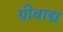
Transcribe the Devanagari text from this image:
ग्रीबाद्य